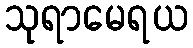
သုရာမေရယ